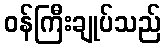
ဝန်ကြီးချုပ်သည်